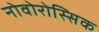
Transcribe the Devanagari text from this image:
नोवोरोस्सिक